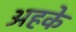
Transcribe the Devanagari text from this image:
अहके